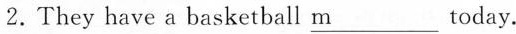
2.They have a basketball \underline{m} today.